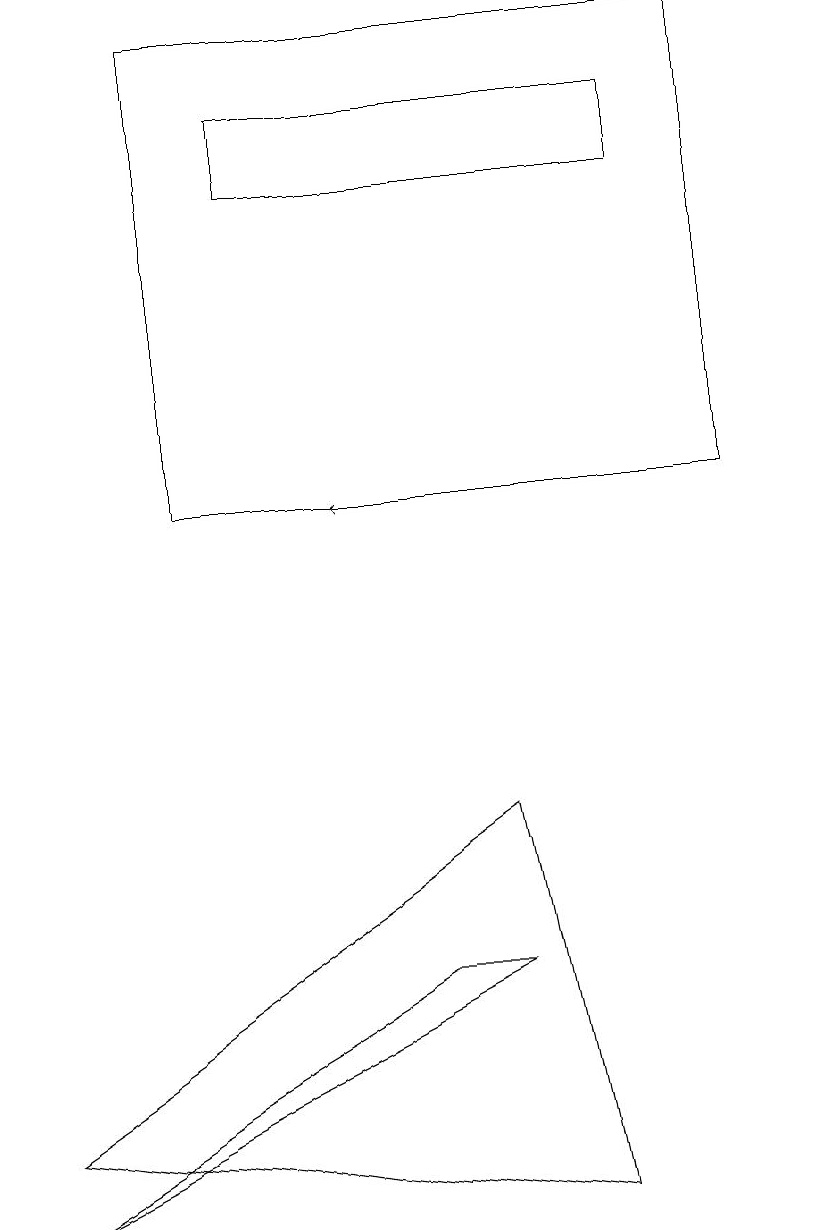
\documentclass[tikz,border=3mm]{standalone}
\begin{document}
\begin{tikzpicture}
\draw[->] (6,10) -- (4,10);
\draw (2,16) rectangle (9,10);
\draw (0,2) -- (6,6) -- (7,1) -- cycle;
\draw (5,4) -- (0,1) -- (6,4) -- cycle;
\draw (3,15) rectangle (8,14);
\draw (10,12) circle (0);
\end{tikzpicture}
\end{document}